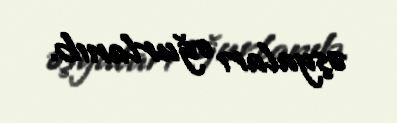
əşyaları oğurlanıb.